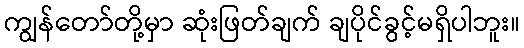
ကျွန်တော်တို့မှာ ဆုံးဖြတ်ချက် ချပိုင်ခွင့်မရှိပါဘူး။